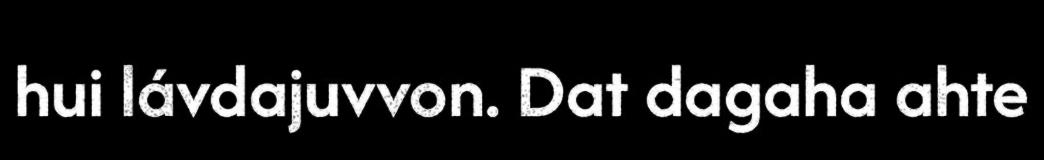
hui lávdajuvvon. Dat dagaha ahte